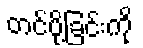
တင်ပို့ခြင်းကို